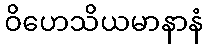
ဝိဟေသိယမာနာနံ